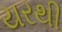
યરથી